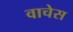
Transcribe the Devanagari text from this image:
वाचेस